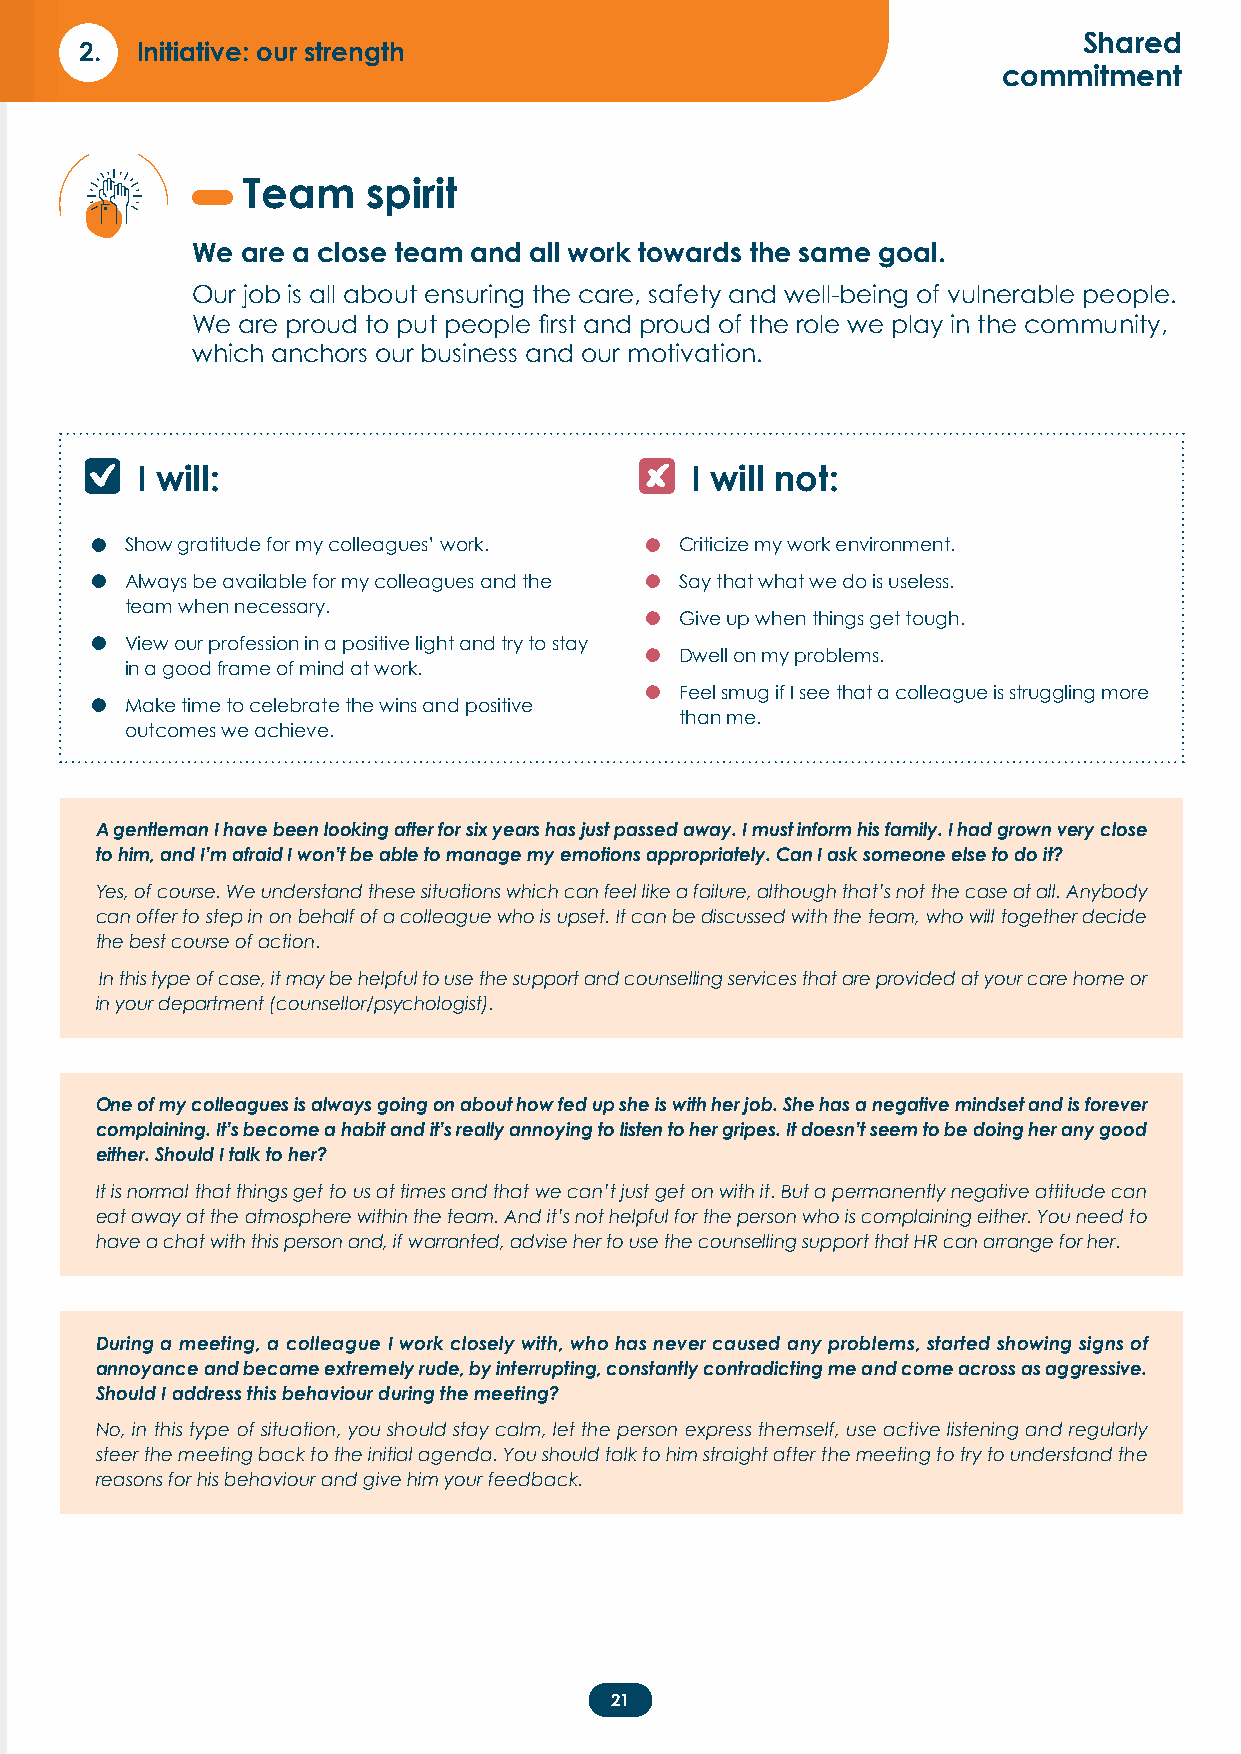
Shared
 2.  Initiative: our strength
 commitment
 Team    spirit
 We are a close team and all work towards the same goal.
 Our job is all about ensuring the care, safety and well-being of vulnerable people.
 We are proud to put people first and proud of the role we play in the community,
 which anchors our business and our motivation.
 I will:                              I will not:
 •                                   •
 Show gratitude for my colleagues’ work. Criticize my work environment.
 •                                   •
 Always be available for my colleagues and the Say that what we do is useless.
 team when necessary.              •
 Give up when things get tough.
 •
 View our profession in a positive light and try to stay •
 Dwell on my problems.
 in a good frame of mind at work.
 •
 •                                      Feel smug if I see that a colleague is struggling more
 Make time to celebrate the wins and positive
 than me.
 outcomes we achieve.
 A gentleman I have been looking after for six years has just passed away. I must inform his family. I had grown very close
 to him, and I’m afraid I won’t be able to manage my emotions appropriately. Can I ask someone else to do it?
 Yes, of course. We understand these situations which can feel like a failure, although that’s not the case at all. Anybody
 can offer to step in on behalf of a colleague who is upset. It can be discussed with the team, who will together decide
 the best course of action.
 In this type of case, it may be helpful to use the support and counselling services that are provided at your care home or
 in your department (counsellor/psychologist).
 One of my colleagues is always going on about how fed up she is with her job. She has a negative mindset and is forever
 complaining. It’s become a habit and it’s really annoying to listen to her gripes. It doesn’t seem to be doing her any good
 either. Should I talk to her?
 It is normal that things get to us at times and that we can’t just get on with it. But a permanently negative attitude can
 eat away at the atmosphere within the team. And it’s not helpful for the person who is complaining either. You need to
 have a chat with this person and, if warranted, advise her to use the counselling support that HR can arrange for her.
 During a meeting, a colleague I work closely with, who has never caused any problems, started showing signs of
 annoyance and became extremely rude, by interrupting, constantly contradicting me and come across as aggressive.
 Should I address this behaviour during the meeting?
 No, in this type of situation, you should stay calm, let the person express themself, use active listening and regularly
 steer the meeting back to the initial agenda. You should talk to him straight after the meeting to try to understand the
 reasons for his behaviour and give him your feedback.
 21